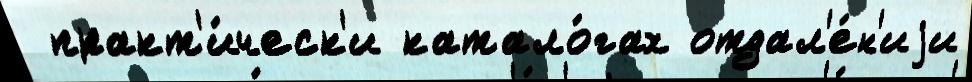
 практ'и́ческ'и катало́гах отдал'е́н'иjи